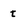
Character: t